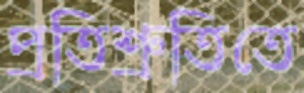
প্রতিশ্রুতিতে